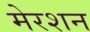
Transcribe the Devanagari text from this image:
मेरशन